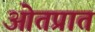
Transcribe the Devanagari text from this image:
ओतप्रात